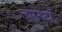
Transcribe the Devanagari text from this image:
ऋष्य